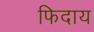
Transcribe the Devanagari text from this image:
फिदाय